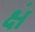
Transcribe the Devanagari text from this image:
क्षं